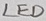
Text: LED